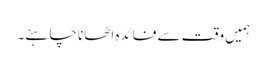
ہمیں وقت سے فائدہ اٹھانا چاہئے۔